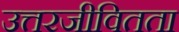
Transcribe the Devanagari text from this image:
उत्तरजीवितता